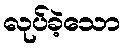
လုပ်ခဲ့သော